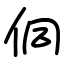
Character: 侗